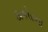
ઠાકોરના